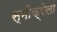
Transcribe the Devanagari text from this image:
स्मीक्षेला